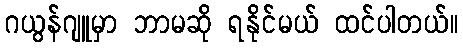
ဂယွန်ဂျူမှာ ဘာမဆို ရနိုင်မယ် ထင်ပါတယ်။